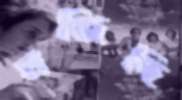
মজিদি